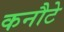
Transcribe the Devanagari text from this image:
कनौटे